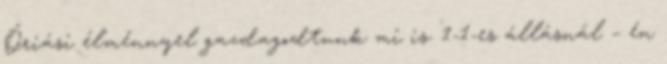
Óriási élménnyel gazdagodtunk mi is. 1-1-es állásnál – én